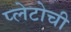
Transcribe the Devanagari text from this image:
प्लेटोची